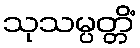
သုသမ္ပတ္တိံ